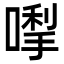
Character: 𭊓